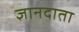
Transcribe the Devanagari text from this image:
ज्ञानदाता